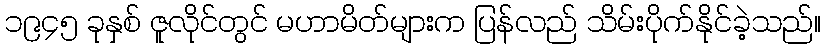
၁၉၄၅ ခုနှစ် ဇူလိုင်တွင် မဟာမိတ်များက ပြန်လည် သိမ်းပိုက်နိုင်ခဲ့သည်။